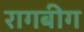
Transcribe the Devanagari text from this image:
रागबीग